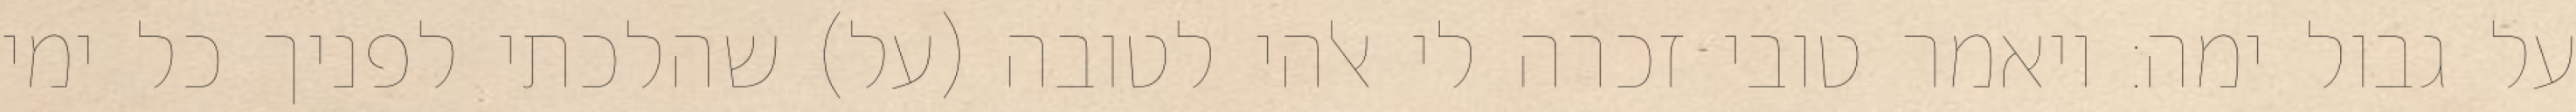
על גבול ימה: ויאמר טובי זכרה לי אלהי לטובה (על) שהלכתי לפניך כל ימי